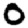
Digit: 0